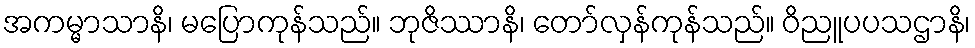
အကမ္မာသာနိ၊ မပြောကုန်သည်။ ဘုဇိဿာနိ၊ တော်လှန်ကုန်သည်။ ဝိညူပပသဌာနိ၊